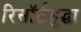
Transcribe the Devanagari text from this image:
रिसॉर्टसुद्धा